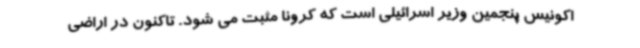
اکونیس پنجمین وزیر اسرائیلی است که کرونا مثبت می شود. تاکنون در اراضی